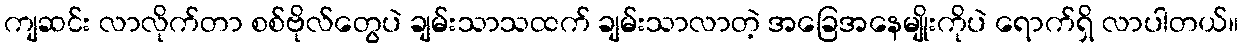
ကျဆင်း လာလိုက်တာ စစ်ဗိုလ်တွေပဲ ချမ်းသာသထက် ချမ်းသာလာတဲ့ အခြေအနေမျိုးကိုပဲ ရောက်ရှိ လာပါတယ်။